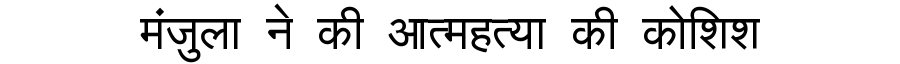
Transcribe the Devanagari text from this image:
मंजुला ने की आत्महत्या की कोशिश